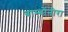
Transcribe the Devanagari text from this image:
बाम्बोनीरा